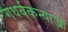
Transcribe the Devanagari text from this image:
गंधर्वकन्याओं